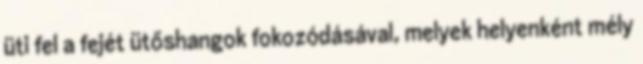
üti fel a fejét ütőshangok fokozódásával, melyek helyenként mély